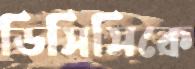
ডিসিসিকে